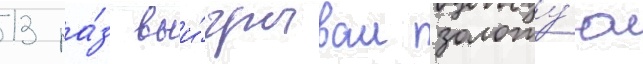
13 ра́з выи́грывал золоту́ю